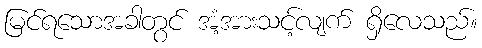
မြင်ရသောအခါတွင် အံ့အားသင့်လျက် ရှိလေသည်။